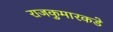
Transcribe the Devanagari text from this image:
राजकुमारकडे